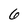
Character: 6